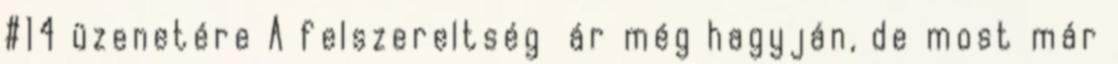
#14 üzenetére A felszereltség ár még hagyján, de most már